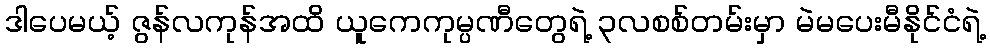
ဒါပေမယ့် ဇွန်လကုန်အထိ ယူကေကုမ္ပဏီတွေရဲ့ ၃လစစ်တမ်းမှာ မဲမပေးမီနိုင်ငံရဲ့